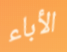
الأباء